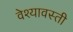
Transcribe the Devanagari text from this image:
वेश्यावस्ती